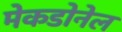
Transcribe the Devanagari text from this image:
मेकडोनेल